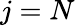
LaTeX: j=N